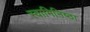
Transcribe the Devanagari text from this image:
स्वामिनिष्ठा